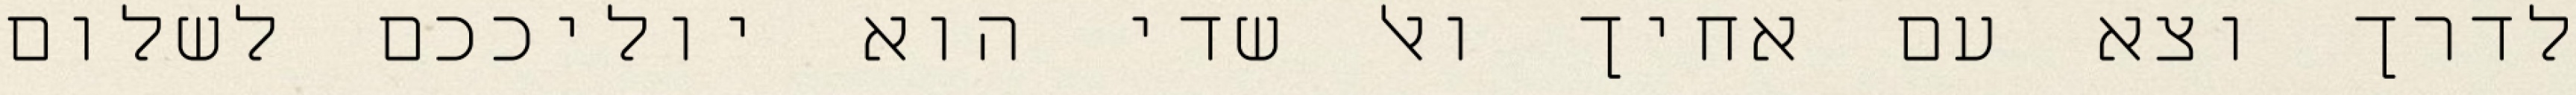
לדרך וצא עם אחיך ואל שדי הוא יוליככם לשלום